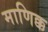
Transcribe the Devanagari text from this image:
माणिक्क